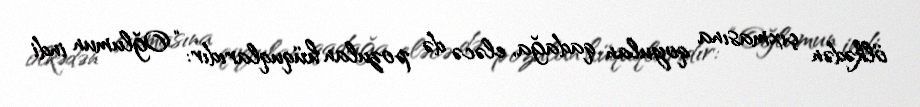
ölkədən çıxmasına qoyulan qadağa, eləcə də pozulan hüquqlarıdır: “Oğlumun indi